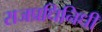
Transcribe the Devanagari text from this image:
राजप्रधिनिधी